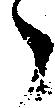
々